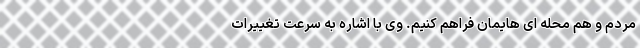
مردم و هم محله ای هایمان فراهم کنیم. وی با اشاره به سرعت تغییرات